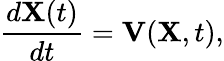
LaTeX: \frac{d{\mathbf X}(t)}{dt}={\mathbf V}({\mathbf X},t),